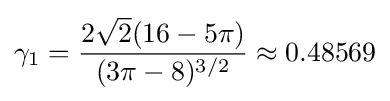
\gamma _{1}={\frac {2{\sqrt {2}}(16-5\pi )}{(3\pi -8)^{3/2}}}\approx 0.48569